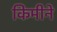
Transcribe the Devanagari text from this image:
किमीने